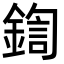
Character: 鍧